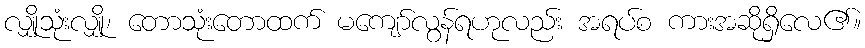
လျှိုသုံးလျှို၊ တောသုံးတောထက် မကျော်လွန်ရဟုလည်း အရပ်စ ကားအဆိုရှိလေ၏။